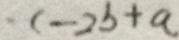
- c - 2 b + a .